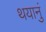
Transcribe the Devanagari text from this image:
थयानुं